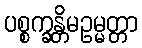
ပစ္စက္ခန္တိမဥမ္မတ္တာ